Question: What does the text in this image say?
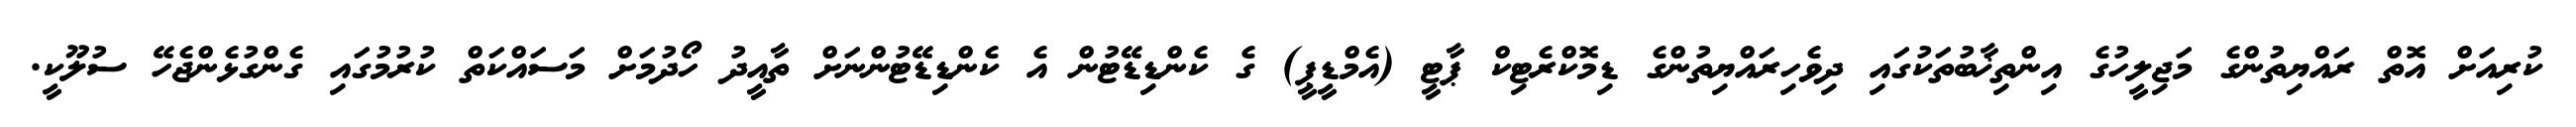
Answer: ކުރިއަށް އޮތް ރައްޔިތުންގެ މަޖިލީހުގެ އިންތިޚާބުތަކުގައި ދިވެހިރައްޔިތުންގެ ޑިމޮކްރެޓިކް ޕާޓީ (އެމްޑީޕީ) ގެ ކެންޑިޑޭޓުން އެ ކެންޑިޑޭޓުންނަށް ތާއީދު ހޯދުމަށް މަސައްކަތް ކުރުމުގައި ގެންގުޅެންޖެހޭ ސުލޫކީ.